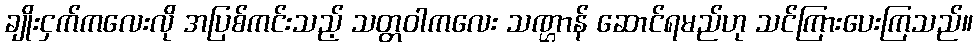
ချိုးငှက်ကလေးလို အပြစ်ကင်းသည့် သတ္တဝါကလေး သဏ္ဌာန် ဆောင်ရမည်ဟု သင်ကြားပေးကြသည်။